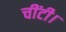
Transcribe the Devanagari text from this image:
चींटी।